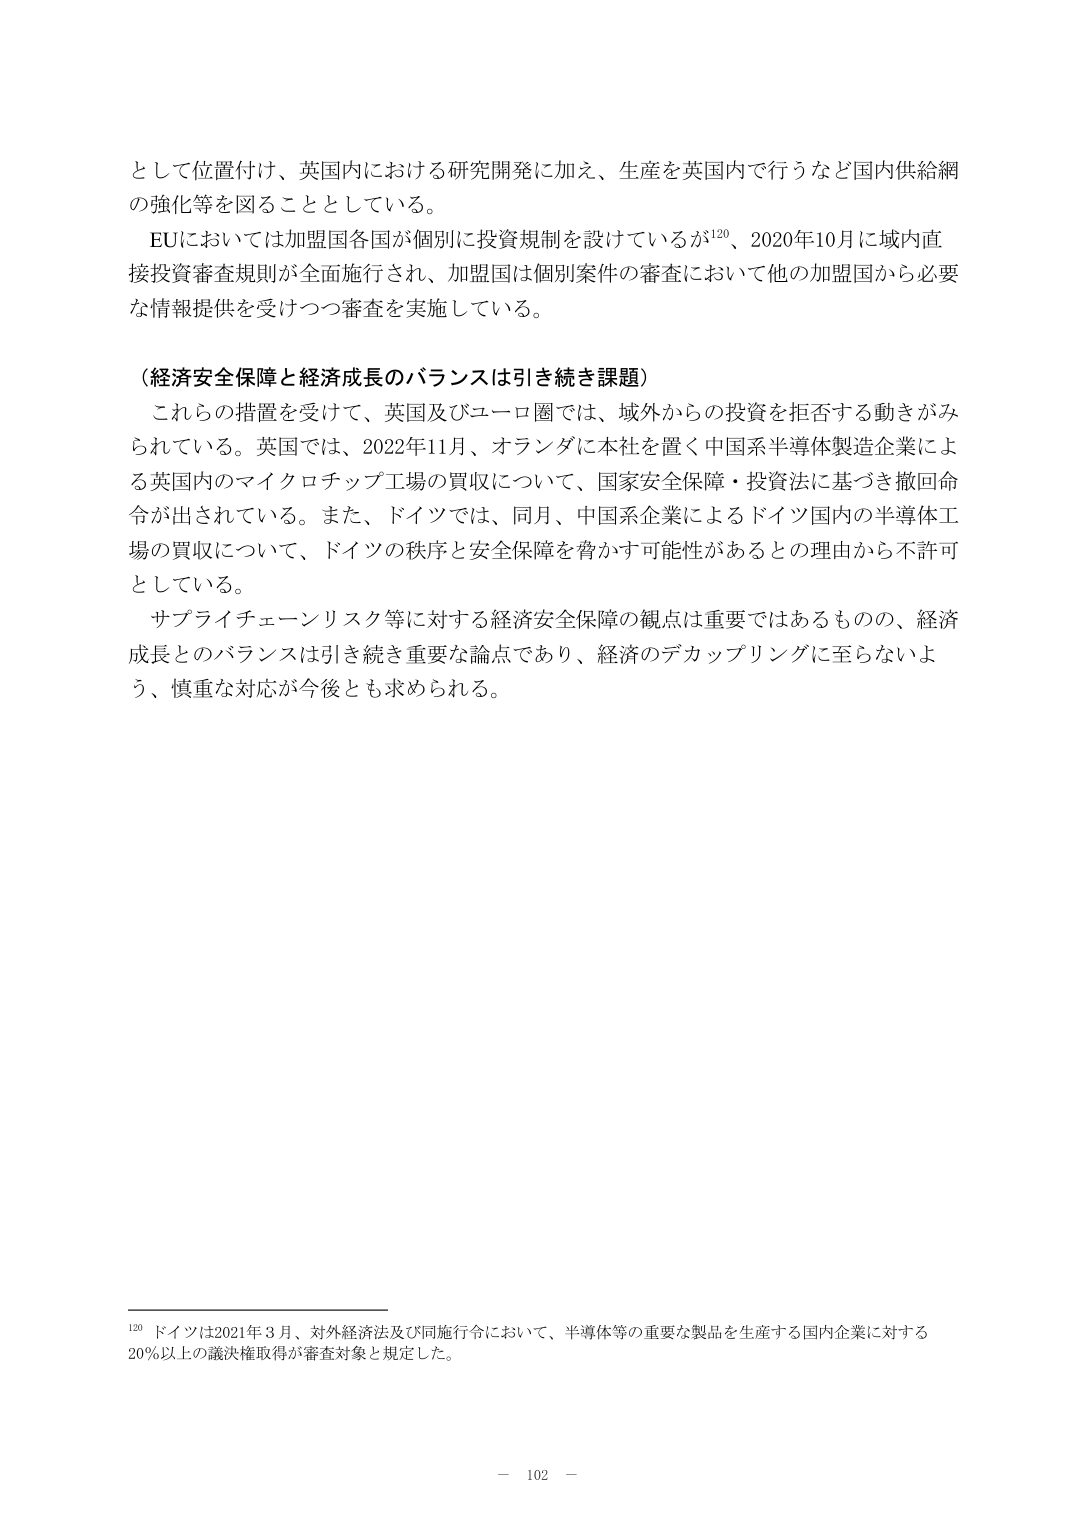
として位置付け、英国内における研究開発に加え、生産を英国内で行うなど国内供給網の強化等を図ることとしている。

EUにおいては加盟国各国が個別に投資規制を設けているが120、2020年10月に域内直接投資審査規則が全面施行され、加盟国は個別案件の審査において他の加盟国から必要な情報提供を受けつつ審査を実施している。

（経済安全保障と経済成長のバランスは引き続き課題）

これらの措置を受けて、英国及びユーロ圏では、域外からの投資を拒否する動きがみられている。英国では、2022年11月、オランダに本社を置く中国系半導体製造企業による英国内のマイクロチップ工場の買収について、国家安全保障・投資法に基づき撤回命令が出されている。また、ドイツでは、同月、中国系企業によるドイツ国内の半導体工場の買収について、ドイツの秩序と安全保障を脅かす可能性があるとの理由から不許可としている。

サプライチェーンリスク等に対する経済安全保障の観点は重要ではあるものの、経済成長とのバランスは引き続き重要な論点であり、経済のデカップリングに至らないよう、慎重な対応が今後とも求められる。

120 ドイツは2021年3月、対外経済法及び同施行令において、半導体等の重要な製品を生産する国内企業に対する20％以上の議決権取得が審査対象と規定した。

－ 102 －